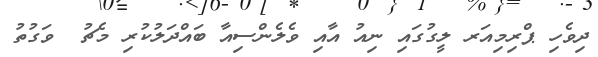
ދިވެހި ޕްރިމިއަރ ލީގުގައި ނިއު އާއި ވެލެންސިއާ ބައްދަލުކުރި މެޗު  ވަގުތު